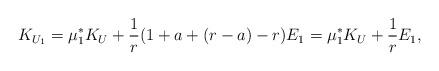
LaTeX: \begin{align*}K_{U_1} = \mu_1^* K_U + \frac{1}{r}(1+a+(r-a)-r)E_1 = \mu_1^* K_U + \frac{1}{r} E_1, \end{align*}